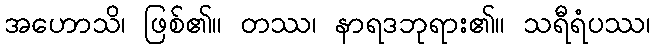
အဟောသိ၊ ဖြစ်၏။ တဿ၊ နာရဒဘုရား၏။ သရီရံပဿ၊